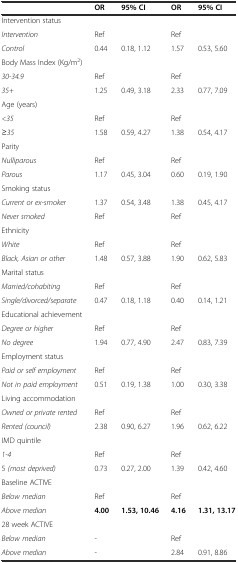
<table><thead><tr><td></td><td><b>OR</b></td><td><b>95% CI</b></td><td><b>OR</b></td><td><b>95% CI</b></td></tr></thead><tbody><tr><td>Intervention status</td><td></td><td></td><td></td><td></td></tr><tr><td><i>Intervention</i></td><td>Ref</td><td></td><td>Ref</td><td></td></tr><tr><td><i>Control</i></td><td>0.44</td><td>0.18, 1.12</td><td>1.57</td><td>0.53, 5.60</td></tr><tr><td>Body Mass Index (Kg/m<sup>2</sup>)</td><td></td><td></td><td></td><td></td></tr><tr><td><i>30-34.9</i></td><td>Ref</td><td></td><td>Ref</td><td></td></tr><tr><td><i>35+</i></td><td>1.25</td><td>0.49, 3.18</td><td>2.33</td><td>0.77, 7.09</td></tr><tr><td>Age (years)</td><td></td><td></td><td></td><td></td></tr><tr><td><i>&lt;35</i></td><td>Ref</td><td></td><td>Ref</td><td></td></tr><tr><td><i>≥35</i></td><td>1.58</td><td>0.59, 4.27</td><td>1.38</td><td>0.54, 4.17</td></tr><tr><td>Parity</td><td></td><td></td><td></td><td></td></tr><tr><td><i>Nulliparous</i></td><td>Ref</td><td></td><td>Ref</td><td></td></tr><tr><td><i>Parous</i></td><td>1.17</td><td>0.45, 3.04</td><td>0.60</td><td>0.19, 1.90</td></tr><tr><td>Smoking status</td><td></td><td></td><td></td><td></td></tr><tr><td><i>Current or ex-smoker</i></td><td>1.37</td><td>0.54, 3.48</td><td>1.38</td><td>0.45, 4.17</td></tr><tr><td><i>Never smoked</i></td><td>Ref</td><td></td><td>Ref</td><td></td></tr><tr><td>Ethnicity</td><td></td><td></td><td></td><td></td></tr><tr><td><i>White</i></td><td>Ref</td><td></td><td>Ref</td><td></td></tr><tr><td><i>Black, Asian or other</i></td><td>1.48</td><td>0.57, 3.88</td><td>1.90</td><td>0.62, 5.83</td></tr><tr><td>Marital status</td><td></td><td></td><td></td><td></td></tr><tr><td><i>Married/cohabiting</i></td><td>Ref</td><td></td><td>Ref</td><td></td></tr><tr><td><i>Single/divorced/separate</i></td><td>0.47</td><td>0.18, 1.18</td><td>0.40</td><td>0.14, 1.21</td></tr><tr><td>Educational achievement</td><td></td><td></td><td></td><td></td></tr><tr><td><i>Degree or higher</i></td><td>Ref</td><td></td><td>Ref</td><td></td></tr><tr><td><i>No degree</i></td><td>1.94</td><td>0.77, 4.90</td><td>2.47</td><td>0.83, 7.39</td></tr><tr><td>Employment status</td><td></td><td></td><td></td><td></td></tr><tr><td><i>Paid or self employment</i></td><td>Ref</td><td></td><td>Ref</td><td></td></tr><tr><td><i>Not in paid employment</i></td><td>0.51</td><td>0.19, 1.38</td><td>1.00</td><td>0.30, 3.38</td></tr><tr><td>Living accommodation</td><td></td><td></td><td></td><td></td></tr><tr><td><i>Owned or private rented</i></td><td>Ref</td><td></td><td>Ref</td><td></td></tr><tr><td><i>Rented (council)</i></td><td>2.38</td><td>0.90, 6.27</td><td>1.96</td><td>0.62, 6.22</td></tr><tr><td>IMD quintile</td><td></td><td></td><td></td><td></td></tr><tr><td><i>1-4</i></td><td>Ref</td><td></td><td>Ref</td><td></td></tr><tr><td>5 <i>(most deprived)</i></td><td>0.73</td><td>0.27, 2.00</td><td>1.39</td><td>0.42, 4.60</td></tr><tr><td>Baseline ACTIVE</td><td></td><td></td><td></td><td></td></tr><tr><td><i>Below median</i></td><td>Ref</td><td></td><td>Ref</td><td></td></tr><tr><td><i>Above median</i></td><td><b>4.00</b></td><td><b>1.53, 10.46</b></td><td><b>4.16</b></td><td><b>1.31, 13.17</b></td></tr><tr><td>28 week ACTIVE</td><td></td><td></td><td></td><td></td></tr><tr><td><i>Below median</i></td><td>-</td><td></td><td>Ref</td><td></td></tr><tr><td><i>Above median</i></td><td>-</td><td></td><td>2.84</td><td>0.91, 8.86</td></tr></tbody></table>